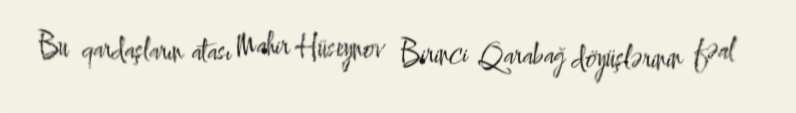
Bu qardaşların atası Mahir Hüseynov Birinci Qarabağ döyüşlərinin fəal